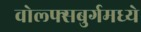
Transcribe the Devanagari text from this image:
वोल्फ्सबुर्गमध्ये